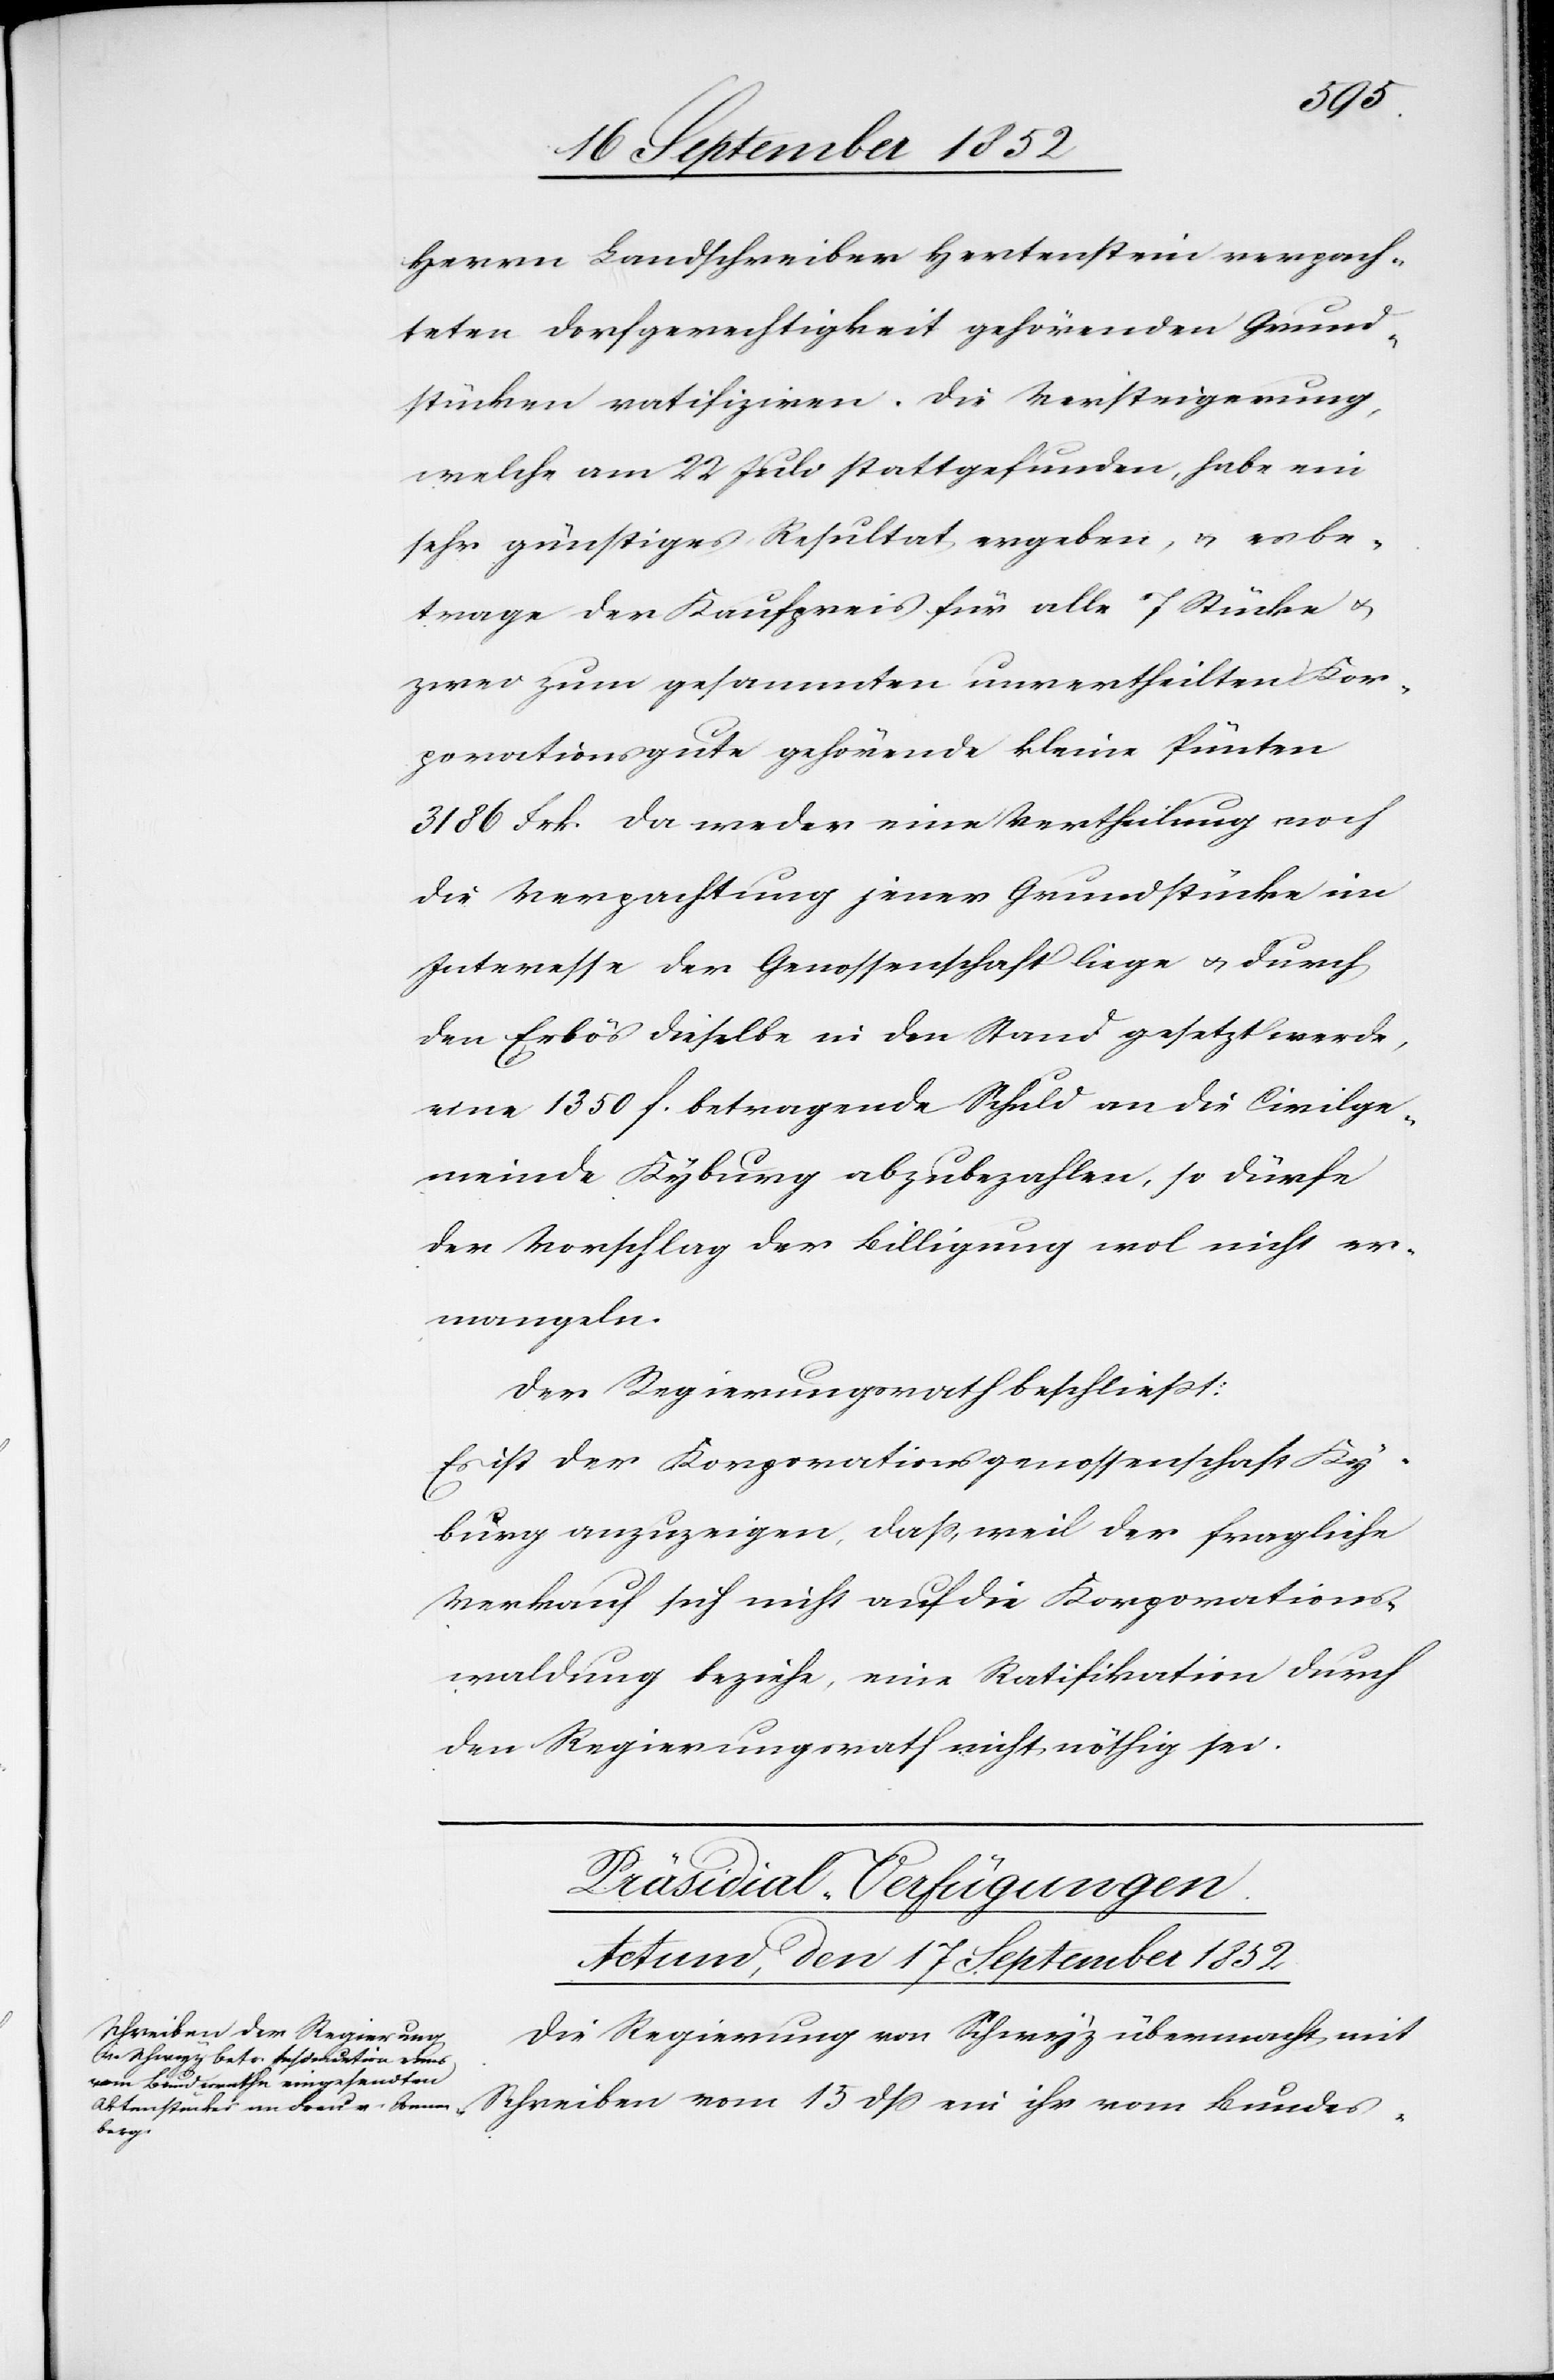
15
Herrn Landschreiber Hertenstein verpach¬
teten Dorfgerechtigkeit gehörenden Grund¬
stücken ratifiziren. Die Versteigerung,
welche am 22 Juli stattgefunden, habe ein
sehr günstiges Resultat ergeben, & es be¬
trage der Kaufpreis für alle 7 Stücke &
zwei zum gesammten unvertheilten Kor¬
porationsgute gehörende kleine Pünten
3186 Frk. Da weder eine Vertheilung noch
die Verpachtung jener Grundstücke im
Interesse der Genossenschaft liege & durch
den Erlös dieselbe in den Stand gesetzt werde,
eine 1350 f. betragende Schuld an die Civilge¬
meinde Kyburg abzubezahlen, so dürfe
der Vorschlag der Billigung wol nicht er¬
mangeln.
Der Regierungsrath beschließt:
Es ist der Korporationsgenossenschaft Ky¬
burg anzuzeigen, dass, weil der fragliche
Verkauf sich nicht auf die Korporations¬
waldung beziehe, eine Ratifikation durch
den Regierungsrath nicht nöthig sei.
Präsidial-Verfügungen.
Actum, den 17 September 1852.
Die Regierung von Schwyz übermacht mit